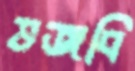
ভজবি